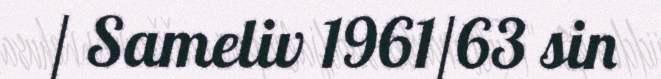
/ Sameliv 1961/63 sin